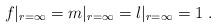
LaTeX: \begin{align*}f|_{r=\infty}= m|_{r=\infty}= l|_{r=\infty}=1\ . \end{align*}